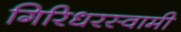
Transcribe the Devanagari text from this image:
गिरिधरस्वामी